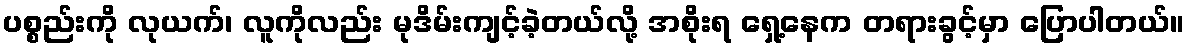
ပစ္စည်းကို လုယက်၊ လူကိုလည်း မုဒိမ်းကျင့်ခဲ့တယ်လို့ အစိုးရ ရှေ့နေက တရားခွင့်မှာ ပြောပါတယ်။